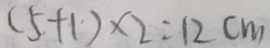
( 5 + 1 ) \times 2 = 1 2 c m